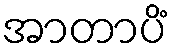
အာတာပိံ